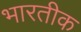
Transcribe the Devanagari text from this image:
भारतीक